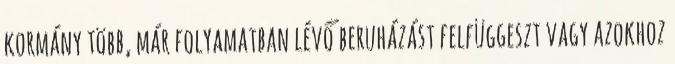
kormány több, már folyamatban lévő beruházást felfüggeszt vagy azokhoz